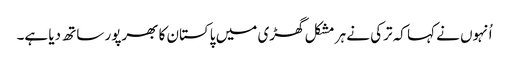
اُنہوں نے کہا کہ ترکی نے ہر مشکل گھڑی میں پاکستان کا بھرپور ساتھ دیا ہے۔